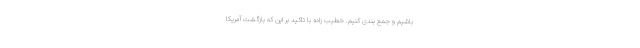
باشیم و جمع بندی کنیم. خطیب زاده با تاکید بر این که بازگشت آمریکا